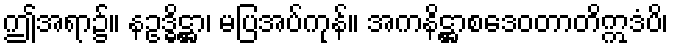
ဤအရာ၌။ နဥဒ္ဓိဋ္ဌာ၊ မပြအပ်ကုန်။ အကနိဋ္ဌာစဒေဝတာတိဣဒံပိ၊